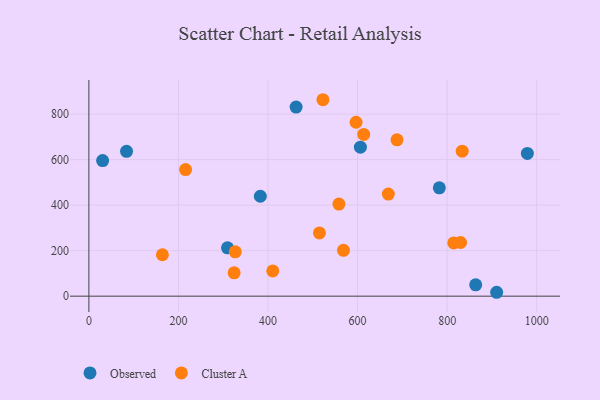
{"axis": {"x": "Study Hours", "y": "Salary"}, "legend": ["Cluster A", "Observed"], "data": [{"x": "309.5", "y": 212.3, "type": "Observed"}, {"x": "863.7", "y": 49.9, "type": "Observed"}, {"x": "84.1", "y": 636.5, "type": "Observed"}, {"x": "910.5", "y": 17.1, "type": "Observed"}, {"x": "606.3", "y": 654.7, "type": "Observed"}, {"x": "462.7", "y": 831.1, "type": "Observed"}, {"x": "979.1", "y": 627.2, "type": "Observed"}, {"x": "782.5", "y": 476.2, "type": "Observed"}, {"x": "382.8", "y": 439.1, "type": "Observed"}, {"x": "30.7", "y": 596.0, "type": "Observed"}, {"x": "814.7", "y": 233.8, "type": "Cluster A"}, {"x": "613.7", "y": 710.8, "type": "Cluster A"}, {"x": "326.9", "y": 194.8, "type": "Cluster A"}, {"x": "688.0", "y": 687.3, "type": "Cluster A"}, {"x": "833.6", "y": 637.4, "type": "Cluster A"}, {"x": "668.6", "y": 448.9, "type": "Cluster A"}, {"x": "215.9", "y": 556.6, "type": "Cluster A"}, {"x": "522.6", "y": 863.4, "type": "Cluster A"}, {"x": "514.8", "y": 278.1, "type": "Cluster A"}, {"x": "568.5", "y": 201.4, "type": "Cluster A"}, {"x": "164.2", "y": 182.0, "type": "Cluster A"}, {"x": "558.3", "y": 404.6, "type": "Cluster A"}, {"x": "596.6", "y": 764.5, "type": "Cluster A"}, {"x": "830.0", "y": 235.8, "type": "Cluster A"}, {"x": "324.3", "y": 102.4, "type": "Cluster A"}, {"x": "410.6", "y": 110.9, "type": "Cluster A"}]}